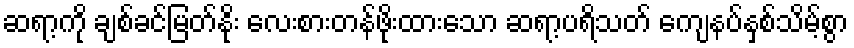
ဆရာ့ကို ချစ်ခင်မြတ်နိုး လေးစားတန်ဖိုးထားသော ဆရာ့ပရိသတ် ကျေနပ်နှစ်သိမ့်စွာ